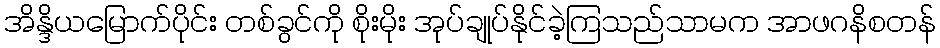
အိန္ဒိယမြောက်ပိုင်း တစ်ခွင်ကို စိုးမိုး အုပ်ချုပ်နိုင်ခဲ့ကြသည်သာမက အာဖဂနိစတန်